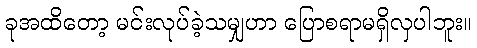
ခုအထိတော့ မင်းလုပ်ခဲ့သမျှဟာ ပြောစရာမရှိလှပါဘူး။